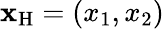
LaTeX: {\mathbf x}_{\mathrm{H}}=(x_{1},x_{2})